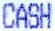
CASH